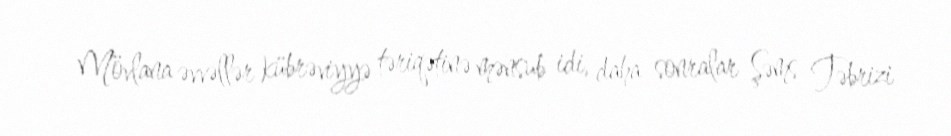
Mövlana əvvəllər kübrəviyyə təriqətinə mənsub idi, daha sonralar Şəms Təbrizi